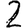
Digit: 2